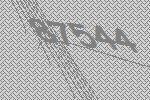
87544